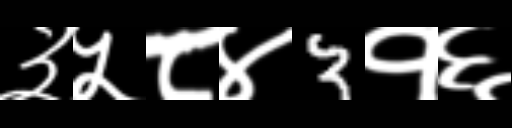
Text: ३५८४3१६